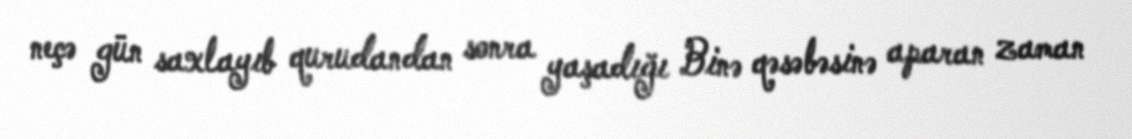
neçə gün saxlayıb qurudandan sonra yaşadığı Binə qəsəbəsinə aparan zaman